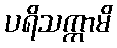
ပရိသက္ကာမိ